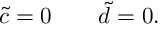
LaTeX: \quad \tilde { c } = 0 \quad \quad \tilde { d } = 0 .